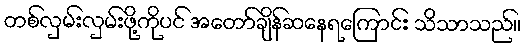
တစ်လှမ်းလှမ်းဖို့ကိုပင် အတော်ချိန်ဆနေရကြောင်း သိသာသည်။